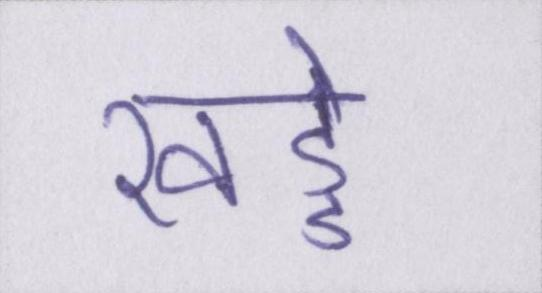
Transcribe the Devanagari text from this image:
खड्डे